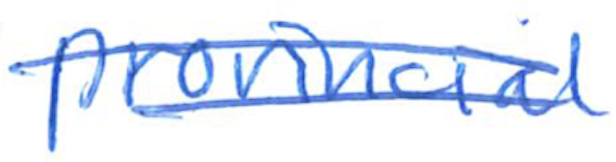
Text: provincial
Cross-out: double-line
Writing tool: ballpoint